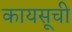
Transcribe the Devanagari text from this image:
कायसूची